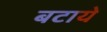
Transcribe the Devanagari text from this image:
बटाये